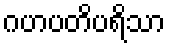
ဂဟပတိပရိသာ